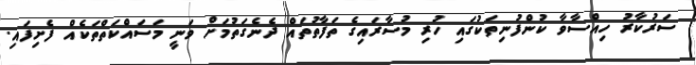
ސަރުކާރު ހިއްސާވާ ކުންފުނިތަކުގައި ހުރި މުސާރައިގެ ތަފާތުތައް ދެނެގަތުމަށް ވަނީ މަސައްކަތްތަކެއް ފެށިފައި.